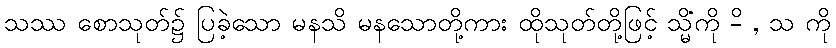
သဿ စောသုတ်၌ ပြခဲ့သော မနသိ မနသောတို့ကား ထိုသုတ်တို့ဖြင့် သ္မိံကို -ိ , သ ကို